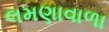
લમણાવાળા